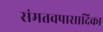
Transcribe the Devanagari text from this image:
संमतवपासादिका